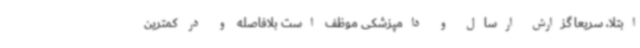
ابتلا، سریعا گزارش ارسال و دامپزشکی موظف است بلافاصله و در کمترین